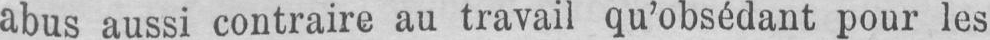
abus aussi contraire au travail qu’obsédant pour les